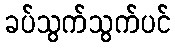
ခပ်သွက်သွက်ပင်